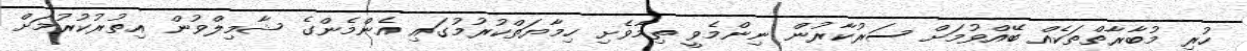
ހުރި މުބާރާތްތަކެއް ބޭއްވުމަށް ސަރުކާރުން ނިންމެވީ ތިމާވެށި ހިމާޔަތްކުރުމުގައި އެންމެންގެ ޝާމިލްވުން އިތުރުކުރުމަށް